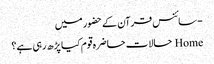
- سائنس قرآن کے حضور میں
Home حالات حاضرہ قوم کیا پڑھ رہی ہے؟